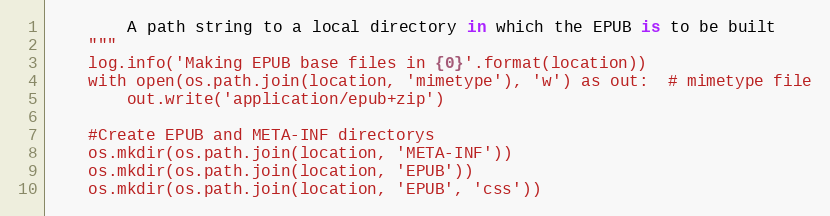
Language: Python
        A path string to a local directory in which the EPUB is to be built
    """
    log.info('Making EPUB base files in {0}'.format(location))
    with open(os.path.join(location, 'mimetype'), 'w') as out:  # mimetype file
        out.write('application/epub+zip')

    #Create EPUB and META-INF directorys
    os.mkdir(os.path.join(location, 'META-INF'))
    os.mkdir(os.path.join(location, 'EPUB'))
    os.mkdir(os.path.join(location, 'EPUB', 'css'))